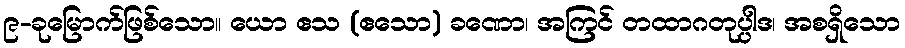
၉-ခုမြောက်ဖြစ်သော။ ယော ဧသ (ဧသော) ခဏော၊ အကြင် တထာဂတုပ္ပါဒ၊ အစရှိသော